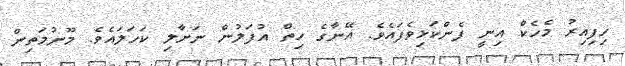
ހިފިއިރު މެހެކް އިނީ ފެންކަޅިވެފައެވެ. އޭނާގެ ހިތް އުފަލުން ނަށާލި ކަހަލައެވެ. މޫނުމަތިން